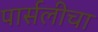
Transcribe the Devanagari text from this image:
पार्सलीचा